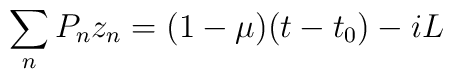
\sum_n P_n z_n = (1-\mu)(t-t_0) - iL